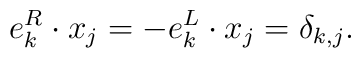
e_k^R \cdot x_j = -e_k^L \cdot x_j = \delta_{k,j}.